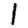
Digit: 1